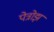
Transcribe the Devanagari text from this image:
पेत्रोझ